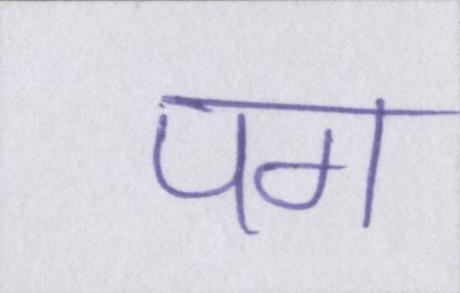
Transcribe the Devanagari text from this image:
पग